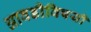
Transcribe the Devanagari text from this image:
आवडीविषयी